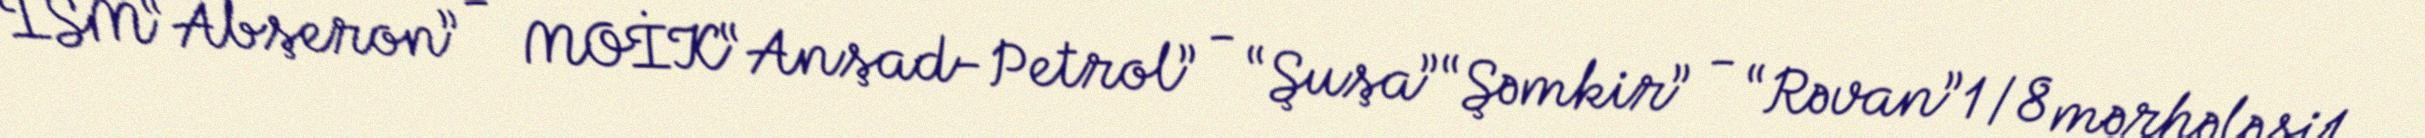
İSM“Abşeron” - MOİK“Anşad-Petrol” - “Şuşa”“Şəmkir” - “Rəvan”1/8 mərhələsi1.